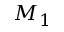
M _ { 1 }